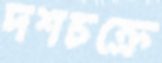
দশচক্রে